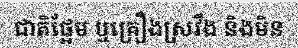
ជាតិផ្អែម ឬគ្រឿងស្រវឹង និងមិន